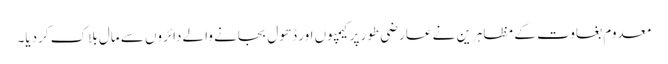
معدوم بغاوت کے مظاہرین نے عارضی طور پر کیمپوں اور ڈھول بجانے والے دائروں سے مال بلاک کردیا۔